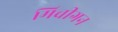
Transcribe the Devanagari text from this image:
मिचीगन